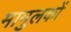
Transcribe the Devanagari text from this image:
मामुलकों